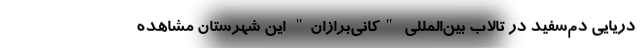
دریایی دم‌سفید در تالاب بین‌المللی "کانی‌برازان" این شهرستان مشاهده